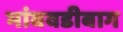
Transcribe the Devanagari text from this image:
भांबवडीबाग